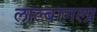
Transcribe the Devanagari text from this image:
लाल्बागला